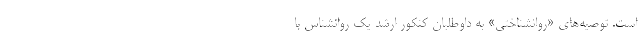
است. توصیه‌های «روانشناختی» به داوطلبان کنکور ارشد یک روانشناس با